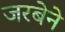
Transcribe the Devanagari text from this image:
जरबेने